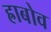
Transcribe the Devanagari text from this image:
ह्राबोव